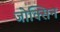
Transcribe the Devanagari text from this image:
जोक्सिन